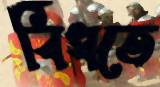
বিঁধতে